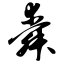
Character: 舜